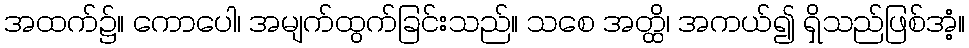
အထက်၌။ ကောပေါ၊ အမျက်ထွက်ခြင်းသည်။ သစေ အတ္ထိ၊ အကယ်၍ ရှိသည်ဖြစ်အံ့။